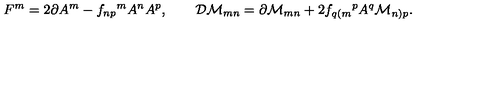
F ^ { m } = 2 \partial A ^ { m } - f _ { n p } { } ^ { m } A ^ { n } A ^ { p } , \qquad { \cal D } { \cal M } _ { m n } = \partial { \cal M } _ { m n } + 2 f _ { q ( m } { } ^ { p } A ^ { q } { \cal M } _ { n ) p } .